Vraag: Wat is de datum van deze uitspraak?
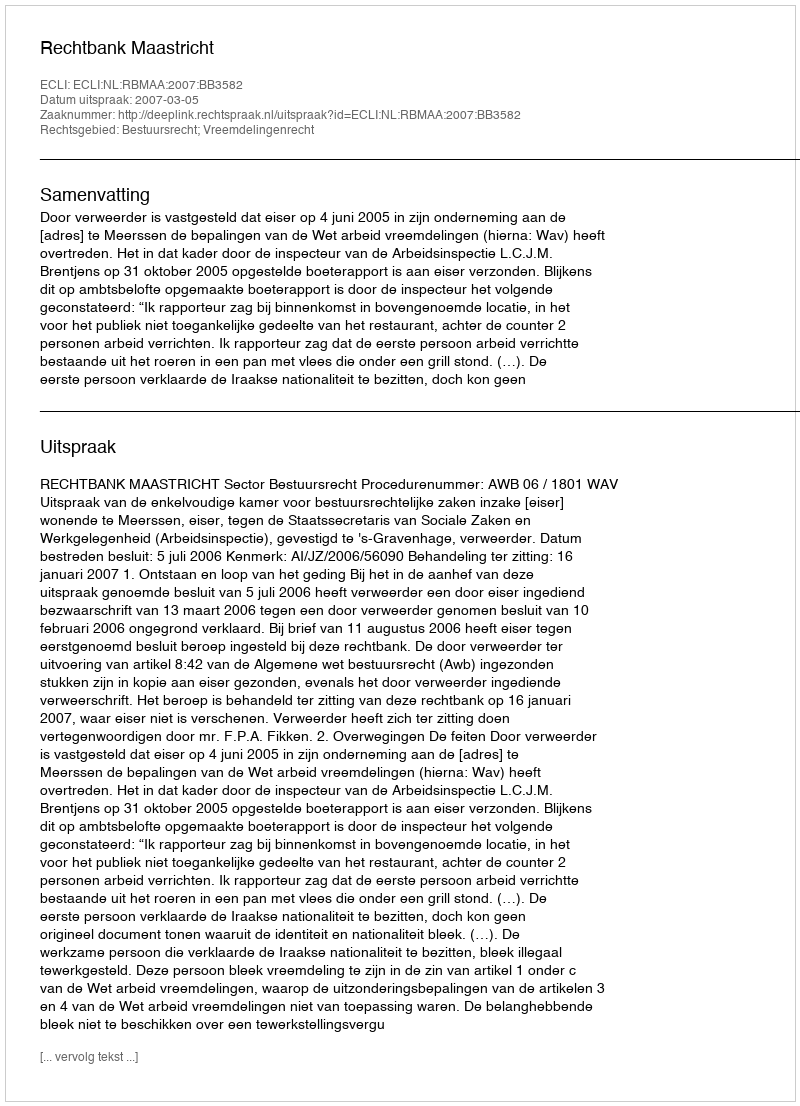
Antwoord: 2007-03-05